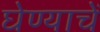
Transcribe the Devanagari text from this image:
घेण्याचें